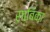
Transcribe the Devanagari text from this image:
साबिका